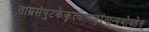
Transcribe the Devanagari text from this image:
ताम्रसंपुटकेकृत्वामातुरंगान्यथोवहेत्